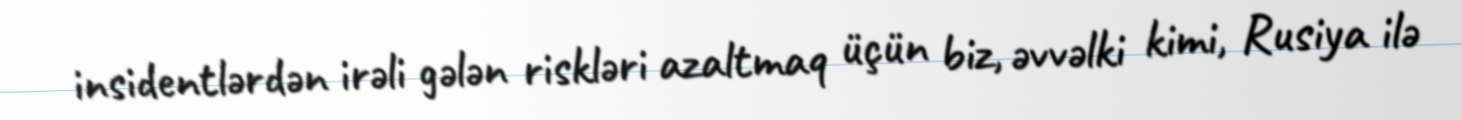
insidentlərdən irəli gələn riskləri azaltmaq üçün biz, əvvəlki kimi, Rusiya ilə